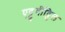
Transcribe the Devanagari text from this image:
एट्टुवीट्टिल